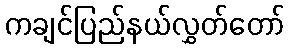
ကချင်ပြည်နယ်လွှတ်တော်